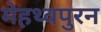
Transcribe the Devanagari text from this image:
मेहथ्वपुरन